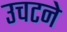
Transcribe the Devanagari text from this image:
उचटने